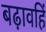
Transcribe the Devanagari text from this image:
बढ़ावहिं